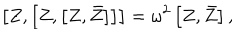
\left[ Z , \left[ Z , \left[ Z , \bar { Z } \right] \right] \right] = \omega ^ { 2 } \left[ Z , \bar { Z } \right] ,